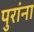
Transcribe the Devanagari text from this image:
पुरांना